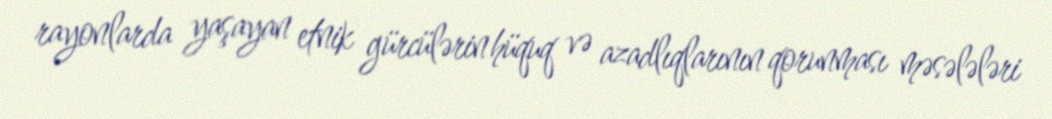
rayonlarda yaşayan etnik gürcülərin hüquq və azadlıqlarının qorunması məsələləri